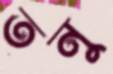
তনু